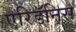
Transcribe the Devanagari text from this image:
एरिडॅनिस